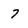
Character: 7